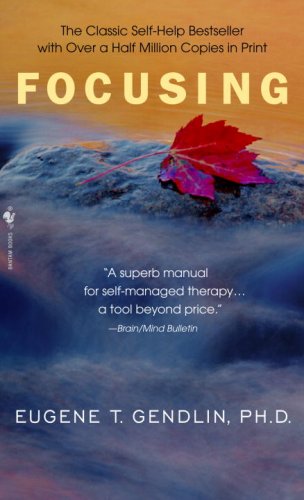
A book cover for Focusing; Eugene T. Gendlin; Religion & Spirituality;